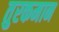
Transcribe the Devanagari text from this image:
तुरकमान